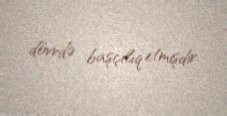
dövrdə başçılıq etmişdir.